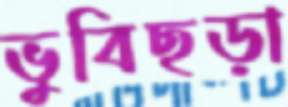
ভুবিছড়া